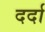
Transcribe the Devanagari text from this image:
दर्दा